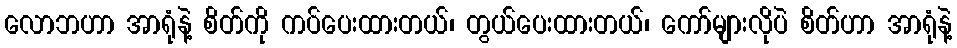
လောဘဟာ အာရုံနဲ့ စိတ်ကို ကပ်ပေးထားတယ်၊ တွယ်ပေးထားတယ်၊ ကော်များလိုပဲ စိတ်ဟာ အာရုံနဲ့